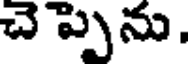
చెప్పెను,